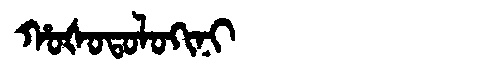
Manchu: ᡥᠣᡧᠣᡨᠣᠯᠣᡴᡳᠨᡳ
Romanization: HOŠOTOLOKINI